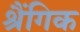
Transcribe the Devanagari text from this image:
श्रैंगिक